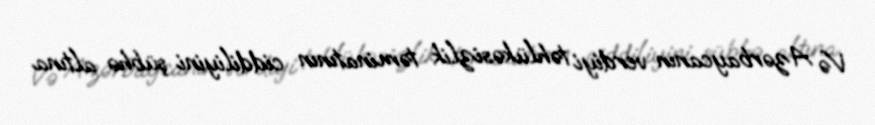
Və Azərbaycanın verdiyi təhlükəsizlik təminatının ciddiliyini şübhə altına